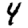
Digit: 4